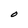
Character: 0